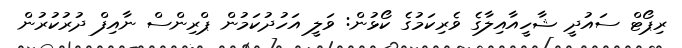
ރިޕޯޓް ސައުދީ ޝާހީއާއިލާގެ ވެރިކަމުގެ ކޯޅުން: ވަލީ އަހުދުކަމުން ޕްރިންސް ނާއިފް ދުރުކުރުން